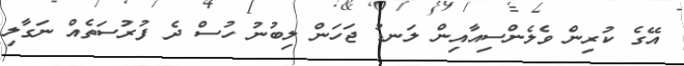
އޭގެ ކުރިން ވެލެންސިއާއިން ލަނޑު ޖަހަން ލިބުނު ހުސް ދެ ފުރުސަތެއް ނަގާލި